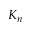
K _ { n }